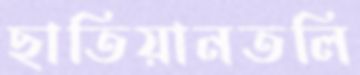
ছাতিয়ানতলি